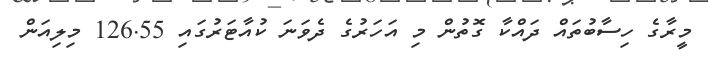
މީރާގެ ހިސާބުތައް ދައްކާ ގޮތުން މި އަހަރުގެ ދެވަނަ ކުއާޓަރުގައި 126.55 މިލިއަން